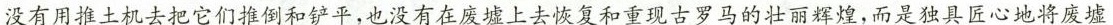
没有用推土机去把它们推倒和铲平，也没有在废墟上去恢复和重现古罗马的壮丽辉煌，而是独具匠心地将废墟